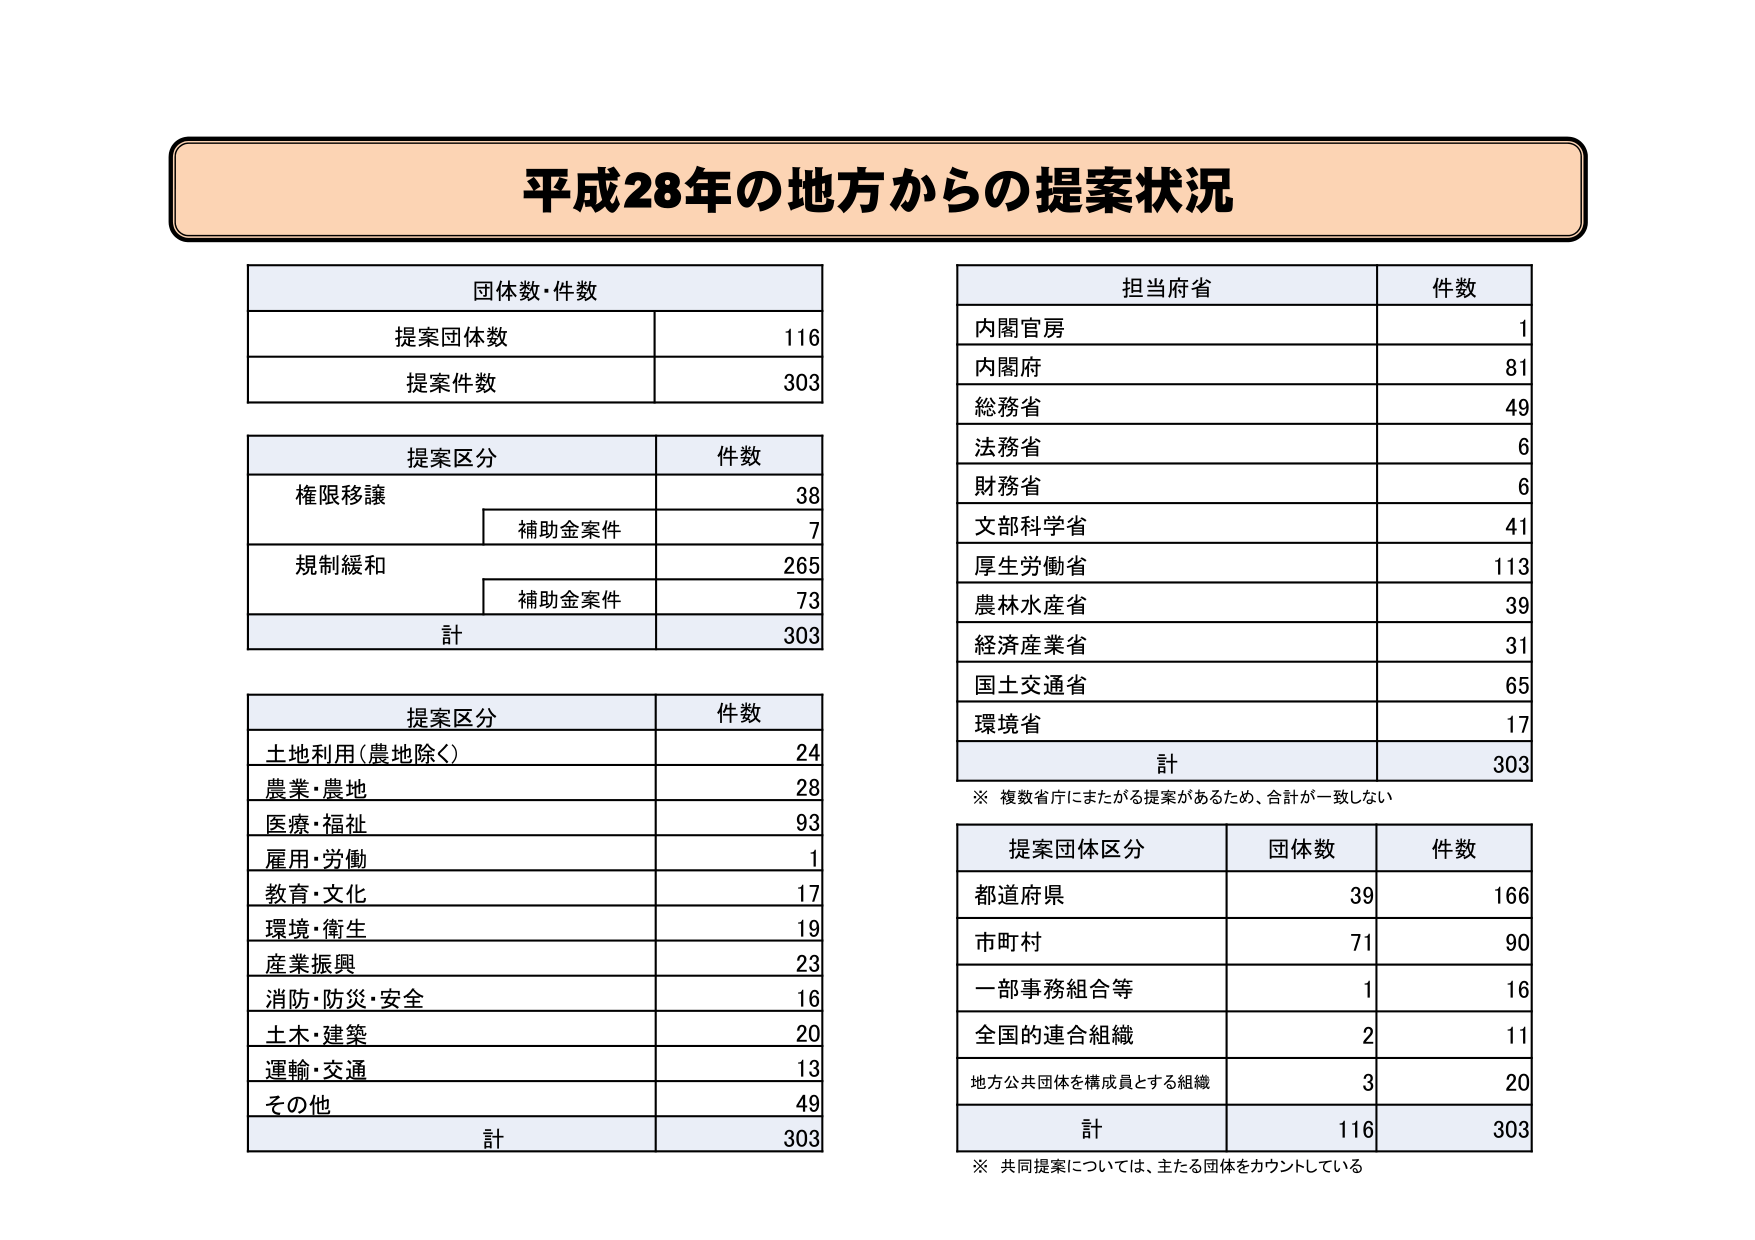
平成28年の地方からの提案状況

団体数・件数
提案団体数 116
提案件数 303

提案区分 件数
権限移譲 38
　補助金案件 7
規制緩和 265
　補助金案件 73
計 303

提案区分 件数
土地利用（農地除く） 24
農業・農地 28
医療・福祉 93
雇用・労働 1
教育・文化 17
環境・衛生 19
産業振興 23
消防・防災・安全 16
土木・建築 20
運輸・交通 13
その他 49
計 303

担当府省 件数
内閣官房 1
内閣府 81
総務省 49
法務省 6
財務省 6
文部科学省 41
厚生労働省 113
農林水産省 39
経済産業省 31
国土交通省 65
環境省 17
計 303
※ 複数省庁にまたがる提案があるため、合計が一致しない

提案団体区分 団体数 件数
都道府県 39 166
市町村 71 90
一部事務組合等 1 16
全国的連合組織 2 11
地方公共団体を構成員とする組織 3 20
計 116 303
※ 共同提案については、主たる団体をカウントしている